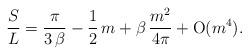
LaTeX: \begin{align*}{S\over L} = {\pi\over 3\,\beta} - {1\over 2}\,m + \beta\,{m^2\over 4\pi} + {\rm O}(m^4).\end{align*}